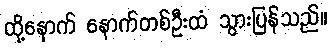
ထို့နောက် နောက်တစ်ဦးထံ သွားပြန်သည်။